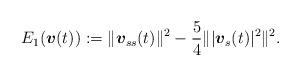
LaTeX: \begin{align*}E_{1}(\mbox{\mathversion{bold}$v$}(t)):=\|\mbox{\mathversion{bold}$v$}_{ss}(t)\|^{2}-\frac{5}{4}\| \lvert \mbox{\mathversion{bold}$v$}_{s}(t)\rvert ^{2} \|^{2}.\end{align*}